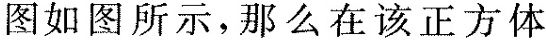
信|沉|着|图如图所示，那么在该正方体